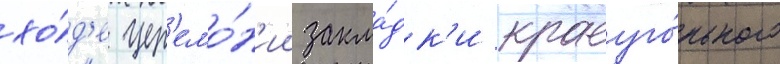
хо́д'е цер'емо́н'ии закла́дк'и краеуго́льного